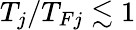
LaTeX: T_{j}/T_{Fj}\lesssim 1